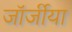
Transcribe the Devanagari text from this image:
जॉर्जीया